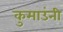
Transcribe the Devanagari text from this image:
कुमाउंनी